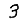
Digit: 3